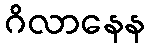
ဂိလာနေန